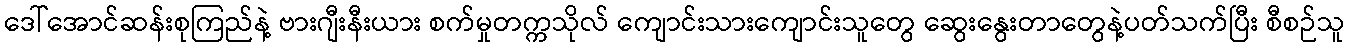
ဒေါ်အောင်ဆန်းစုကြည်နဲ့ ဗားဂျီးနီးယား စက်မှုတက္ကသိုလ် ကျောင်းသားကျောင်းသူတွေ ဆွေးနွေးတာတွေနဲ့ပတ်သက်ပြီး စီစဉ်သူ